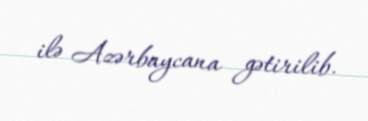
ilə Azərbaycana gətirilib.